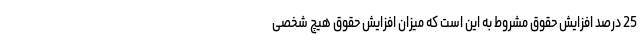
25 درصد افزایش حقوق مشروط به این است که میزان افزایش حقوق هیچ شخصی